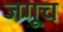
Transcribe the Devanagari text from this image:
जगूच